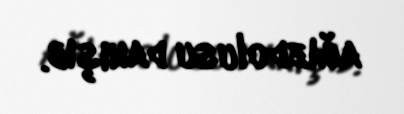
ağızdolusu danışıb.